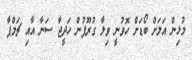
މުޅިން އަލަށް ބޯޑަށް ހޮވުނީ ވިލާ ގުރޫޕުން ހަދީޖާ ސަނާ އާއި ޗަމްޕާ